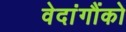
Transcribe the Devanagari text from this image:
वेदांगौंको